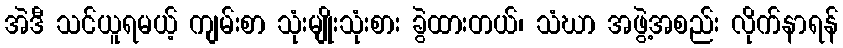
အဲဒီ သင်ယူရမယ့် ကျမ်းစာ သုံးမျိုးသုံးစား ခွဲထားတယ်၊ သံဃာ အဖွဲ့အစည်း လိုက်နာရန်